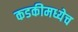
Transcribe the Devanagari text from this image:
कडकीमध्येच